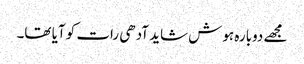
مجھے دوبارہ ہوش شاید آدھی رات کو آیا تھا۔